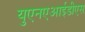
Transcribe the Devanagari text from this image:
युएनएआईडीएस